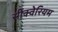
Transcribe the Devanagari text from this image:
सीक्वेरियम